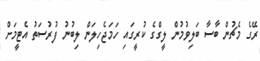
ރޭގެ މެޗުން ބާސާ ބަލިވުމުން ލީގްގެ ކުރީގައި ހަމަޖެހިލަން ލިބުނު ފުރުސަތު އެޓީމަށް